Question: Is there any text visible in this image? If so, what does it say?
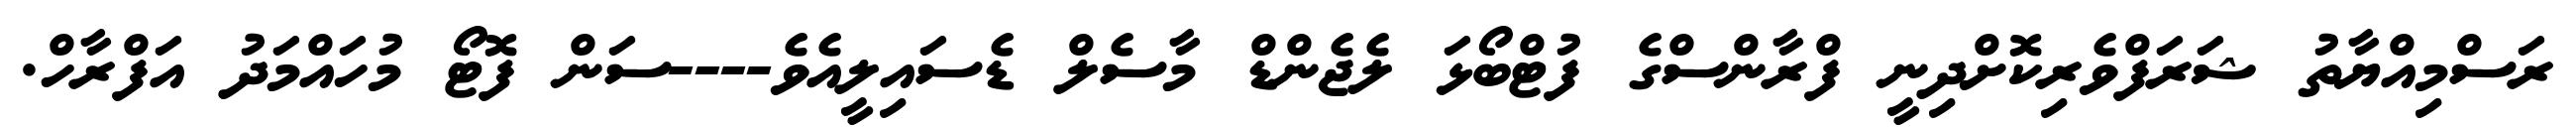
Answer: ރަސްމިއްޔާތު ޝަރަފްވެރިކޮށްދިނީ ފްރާންސްގެ ފުޓްބޯޅަ ލެޖެންޑް މާސެލް ޑެސައިލީއެވެ----ސަން ފޮޓޯ މުހައްމަދު އަފްރާހް.